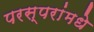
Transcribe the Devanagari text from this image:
परस्‍परांमधे